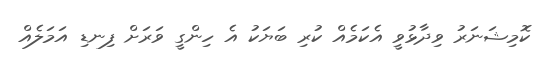
ކޮމިޝަނަރު ވިދާޅުވީ އެކަމެއް ކުރި ބަޔަކު އެ ހިންގީ ވަރަށް ފިނޑި އަމަލެއް